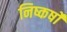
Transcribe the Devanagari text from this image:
निष्कर्षो